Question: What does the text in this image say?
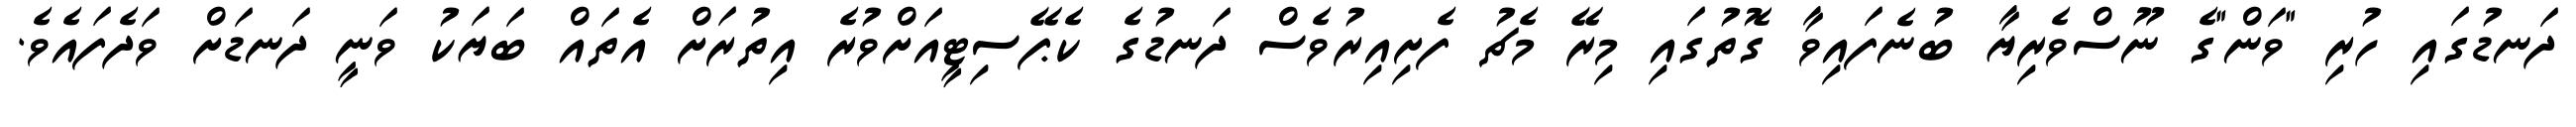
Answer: ދަނޑުގައި ހުރި "ވަން"ގެ ނޫސްވެރިޔާ ބުނެފައިވާ ގޮތުގައި މިރޭ މެޗު ފެށިއިރުވެސް ދަނޑުގެ ކެޕޭސިޓީއަށްވުރެ އިތުރަށް އެތައް ބަޔަކު ވަނީ ދަނޑަށް ވަދެފައެވެ.